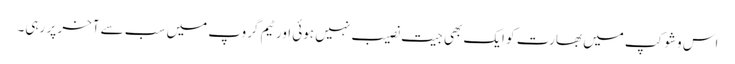
اس وشوکپ میں بھارت کو ایک بھی جیت نصیب نہیں ہوئی اور ٹیم گروپ میں سب سے آخر پر رہی۔